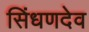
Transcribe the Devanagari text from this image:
सिंधणदेव